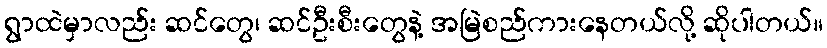
ရွာထဲမှာလည်း ဆင်တွေ၊ ဆင်ဦးစီးတွေနဲ့ အမြဲစည်ကားနေတယ်လို့ ဆိုပါတယ်။